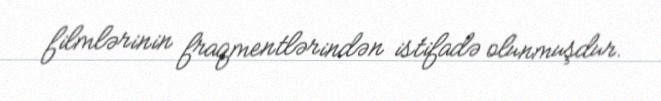
filmlərinin fraqmentlərindən istifadə olunmuşdur.